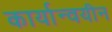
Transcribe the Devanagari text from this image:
कार्यान्वयीन